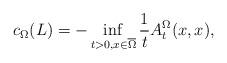
LaTeX: \begin{align*}c_{\Omega}(L)=-\inf_{t>0,x\in\overline{\Omega}}\frac 1tA^{\Omega}_t(x,x),\end{align*}